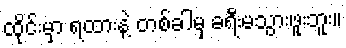
ထိုင်းမှာ ရထားနဲ့ တစ်ခါမှ ခရီးမသွားဖူးဘူး။